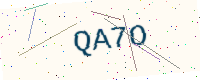
Text: QA7O